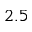
2 . 5